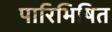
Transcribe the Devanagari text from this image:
पारिभिषित